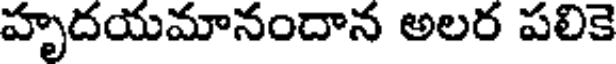
హృదయమానందాన అలర పలికె